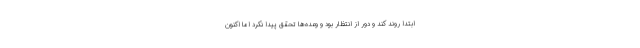
ابتدا روند کند و دور از انتظار بود و وعده‌ها تحقق پیدا نکرد اما اکنون